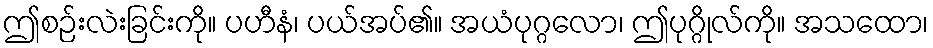
ဤစဉ်းလဲးခြင်းကို။ ပဟီနံ၊ ပယ်အပ်၏။ အယံပုဂ္ဂလော၊ ဤပုဂ္ဂိုလ်ကို။ အသထော၊